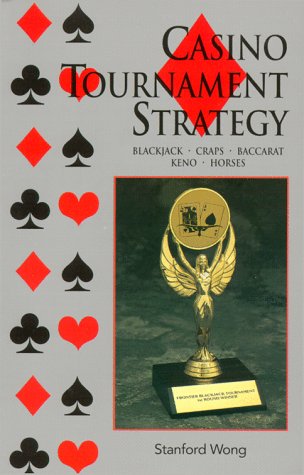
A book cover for Casino Tournament Strategy; Stanford Wong; Humor & Entertainment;